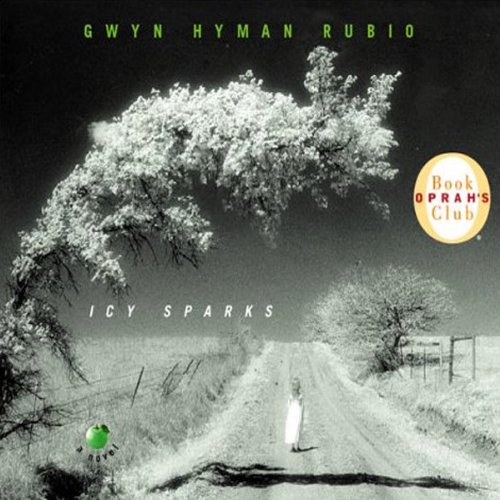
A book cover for Icy Sparks; Gwyn Hyman Rubio; Health, Fitness & Dieting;